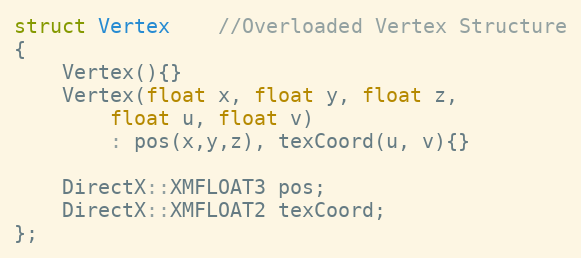
Language: C
struct Vertex	//Overloaded Vertex Structure
{
    Vertex(){}
    Vertex(float x, float y, float z,
        float u, float v)
        : pos(x,y,z), texCoord(u, v){}

    DirectX::XMFLOAT3 pos;
    DirectX::XMFLOAT2 texCoord;
};